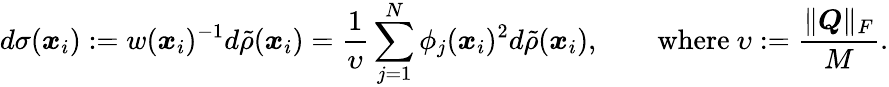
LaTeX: d\sigma(\boldsymbol{x}_{i}):=w(\boldsymbol{x}_{i})^{-1}d\tilde{\rho}(\boldsymbol{x}_{i})=\frac{1}{\upsilon}\sum_{j=1}^{N}{\phi_{j}(\boldsymbol{x}_{i})^{2}}d\tilde{\rho}(\boldsymbol{x}_{i}),\qquad\mathrm{where~}\upsilon:=\frac{\| \boldsymbol{Q}\| _{F}}{M}.